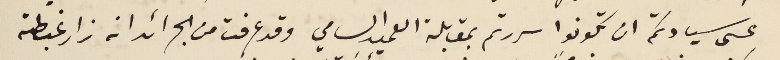
عسى سيادتكم ان تكونوا سررتم بمقابلة العميد السامي وقد عرفت من الجرائد انه زار غبطته